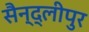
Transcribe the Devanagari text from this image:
सैन्द्लीपुर